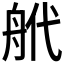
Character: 𦨮